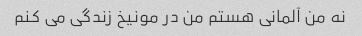
نه من آلمانی هستم من در مونیخ زندگی می کنم